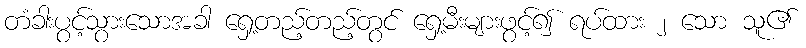
တံခါးပွင့်သွားသောအခါ ရှေ့တည့်တည့်တွင် ရှေ့မီးများဖွင့်၍ ရပ်ထား ၂ သော သူ၏